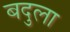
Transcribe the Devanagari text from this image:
बदुला